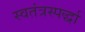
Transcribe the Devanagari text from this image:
स्वतंत्रस्पर्द्धा